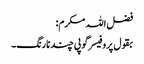
فضل اللہ مکرم:
بقول پروفیسر گوپی چند نارنگ۔